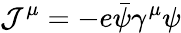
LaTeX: {\cal J}^{\mu}=-e\bar{\psi}\gamma^{\mu}\psi